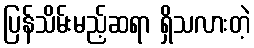
ပြန်သိမ်းမည့်ဆရာ ရှိသလားတဲ့